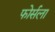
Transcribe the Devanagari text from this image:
फोर्सला